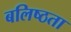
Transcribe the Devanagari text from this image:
बलिष्ठता